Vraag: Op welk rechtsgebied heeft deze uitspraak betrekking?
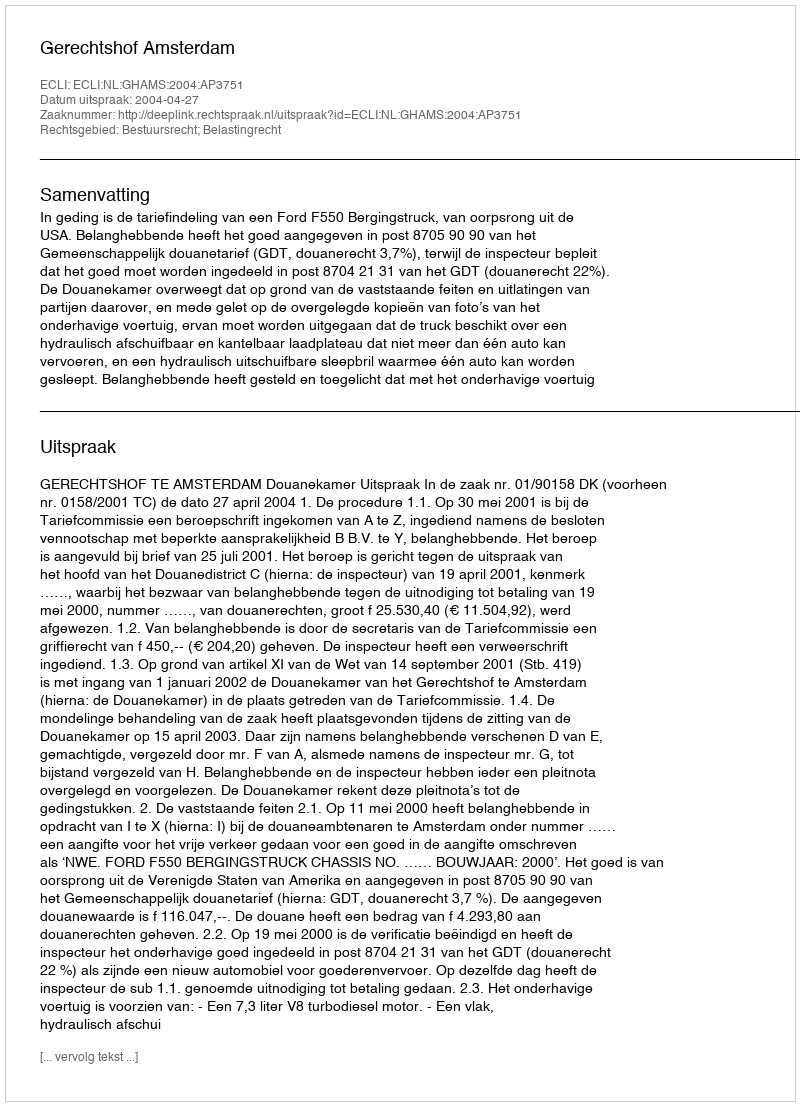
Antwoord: Bestuursrecht; Belastingrecht